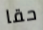
حقا